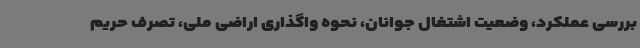
بررسی عملکرد، وضعیت اشتغال جوانان، نحوه واگذاری اراضی ملی، تصرف حریم